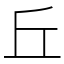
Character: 丘